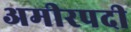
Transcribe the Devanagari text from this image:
अमीरपदी